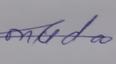
Signature authenticity: genuine